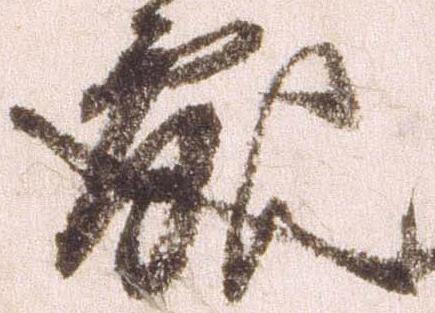
処